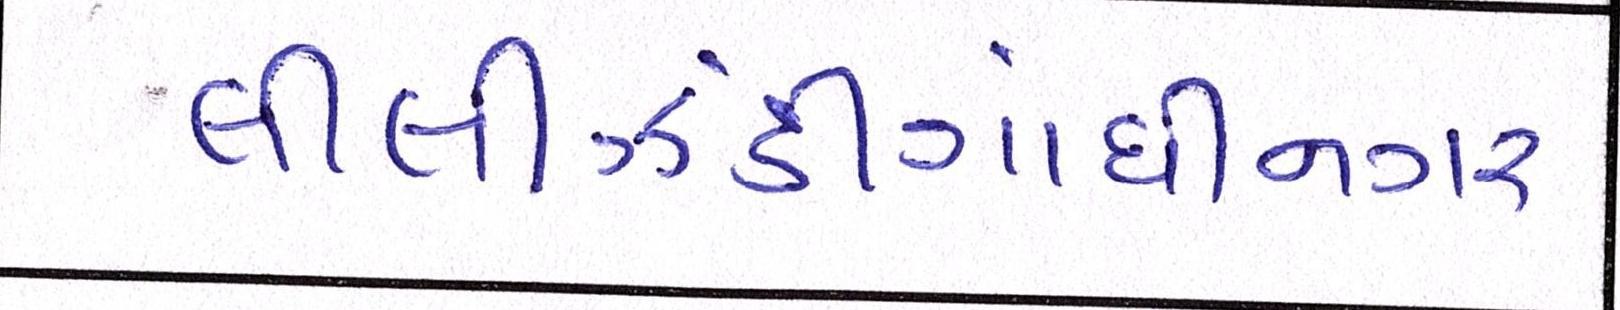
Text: લીલીઝંડીગાંધીનગર